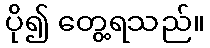
ပို၍ တွေ့ရသည်။